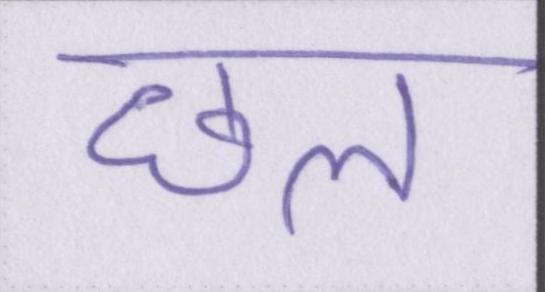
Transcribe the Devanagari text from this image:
छल